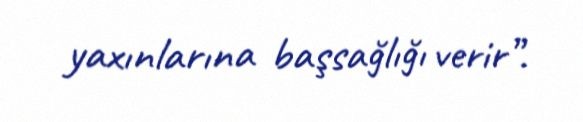
yaxınlarına başsağlığı verir”.